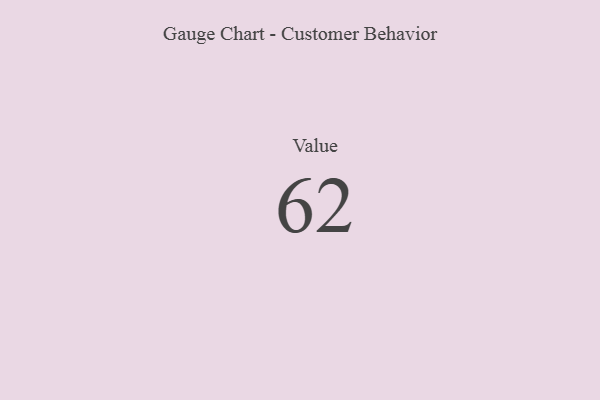
{"axis": {"x": "Metric", "y": "Value"}, "legend": [""], "data": [{"x": "Value", "y": 62, "type": ""}]}